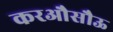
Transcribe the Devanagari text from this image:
करऔसौऊ